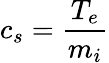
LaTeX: c_{s}=\frac{T_{e}}{m_{i}}